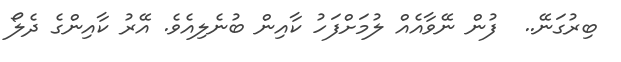
ބިރުގަނޭ..  ފުން ނޭވާއެއް ލުމަށްފަހު ކާއިން ބުނެލިއެވެ. އޭރު ކާއިންގެ ދެލޯ